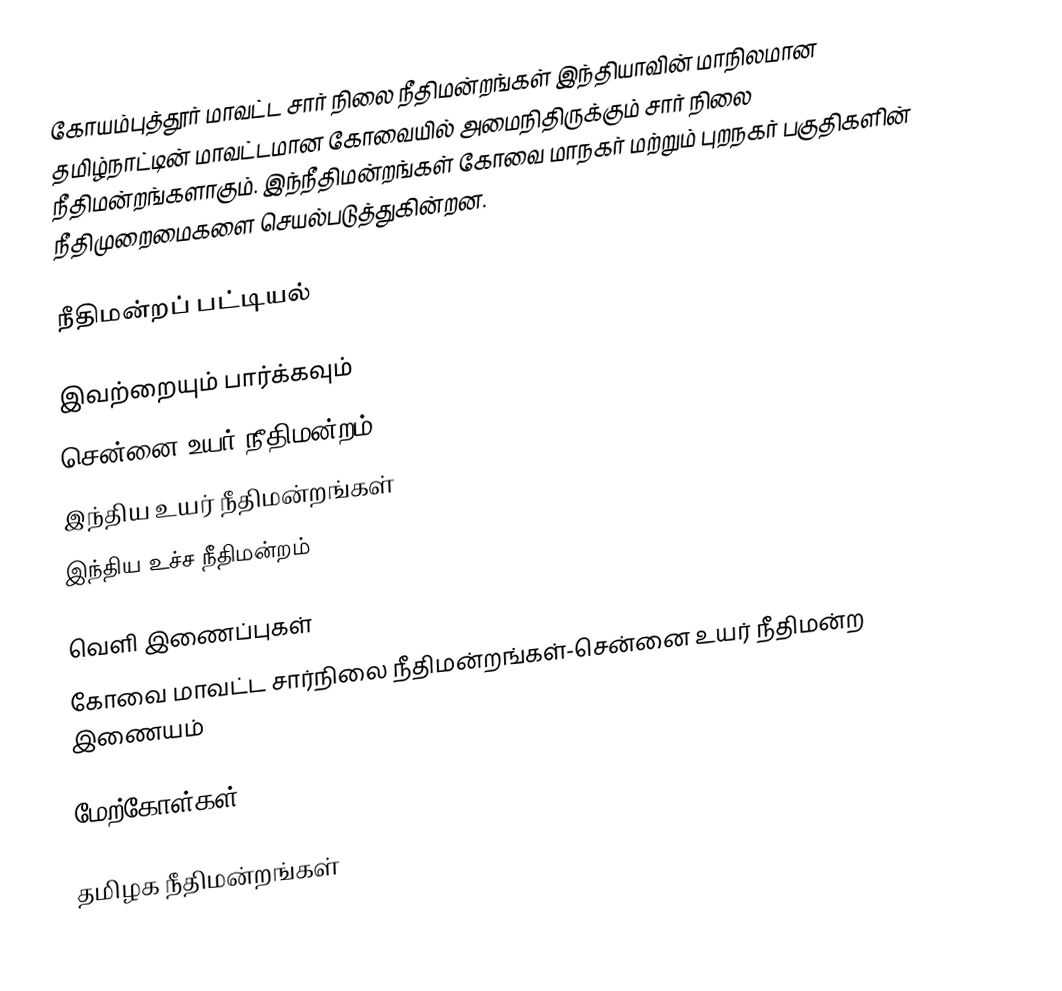
கோயம்புத்தூர் மாவட்ட சார் நிலை நீதிமன்றங்கள் இந்தியாவின் மாநிலமான தமிழ்நாட்டின் மாவட்டமான கோவையில் அமைநிதிருக்கும் சார் நிலை நீதிமன்றங்களாகும். இந்நீதிமன்றங்கள் கோவை மாநகர் மற்றும் புறநகர் பகுதிகளின் நீதிமுறைமைகளை செயல்படுத்துகின்றன.

நீதிமன்றப் பட்டியல்

இவற்றையும் பார்க்கவும்
சென்னை உயர் நீதிமன்றம்
இந்திய உயர் நீதிமன்றங்கள்
இந்திய உச்ச நீதிமன்றம்

வெளி இணைப்புகள்
கோவை மாவட்ட சார்நிலை நீதிமன்றங்கள்-சென்னை உயர் நீதிமன்ற இணையம்

மேற்கோள்கள்

தமிழக நீதிமன்றங்கள்